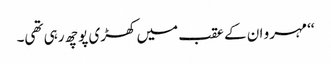
‘‘ مہرو ان کے عقب میں کھڑی پوچھ رہی تھی۔